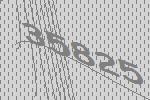
35825